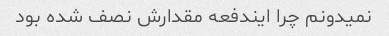
نمیدونم چرا ایندفعه مقدارش نصف شده بود